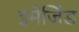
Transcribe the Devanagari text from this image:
इमेजिंड